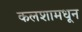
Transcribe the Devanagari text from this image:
कलशामधून